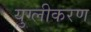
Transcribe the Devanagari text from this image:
युग्लीकरण